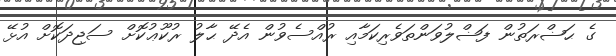
ގެ ޙަޟްރަތުން ފަޟްލުވަންތަވެރިކަމާއި ރުއްސެވުން އެދޭ ޙާލު ރުކޫޢުކޮށް ސަޖިދަކޮށް އުޅޭ